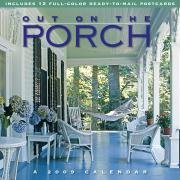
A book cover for Out on the Porch Calendar 2009; Algonquin Books; Calendars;